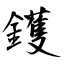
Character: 鑊